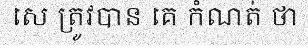
សេ ត្រូវបាន គេ កំណត់ ថា